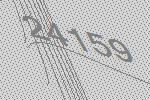
24159